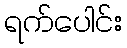
ရက်ပေါင်း